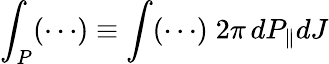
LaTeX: \int_{P}(\cdots)\equiv\int(\cdots)\; 2\pi\, dP_{\| }dJ